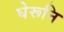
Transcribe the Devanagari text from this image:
घेरूनि